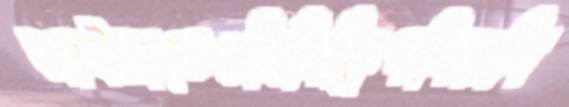
আইলাতেওমিনিক্লিপগিরগি